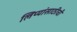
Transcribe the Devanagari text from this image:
लिप्यांसाठीची